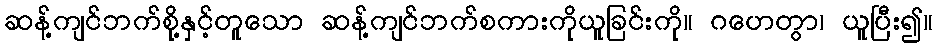
ဆန့်ကျင်ဘက်စို့နှင့်တူသော ဆန့်ကျင်ဘက်စကားကိုယူခြင်းကို။ ဂဟေတွာ၊ ယူပြီး၍။